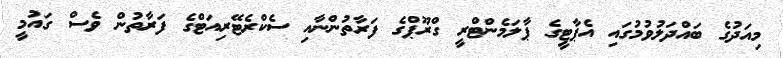
މިއަދުގެ ބައްދަލުވުމުގައި އެޕާޓީގެ ޕާލަމެންޓްރީ ގްރޫޕްގެ ފަރާތުންނާއި ސެކްރެޓޭރިއަޓްގެ ފަރާތުން ވެސް ގައުމީ